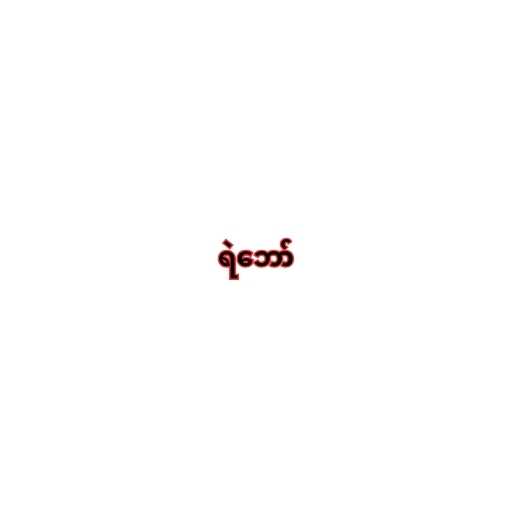
ရဲဘော်